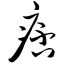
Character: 痞